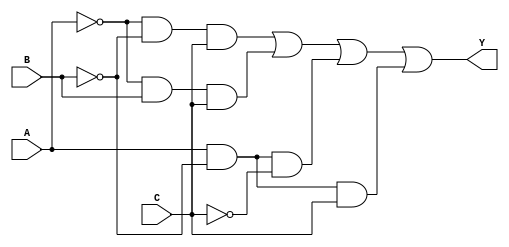
module three_variable_kmap (
    input wire A,  // First input variable
    input wire B,  // Second input variable
    input wire C,  // Third input variable
    output wire Y  // Output variable
);

// Logic expression derived from the K-map
assign Y = (~A & ~B & C) | (~A & B & C) | (A & ~B & ~C) | (A & ~B & C);

endmodule